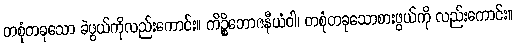
တစုံတခုသော ခဲဖွယ်ကိုလည်းကောင်း။ ကိဉ္စိဘောဇနီယံဝါ၊ တစုံတခုသောစားဖွယ်ကို လည်းကောင်း။